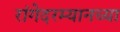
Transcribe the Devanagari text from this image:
रांगेदरम्यानच्या